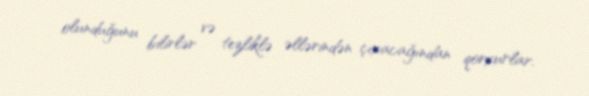
olunduğunu bilirlər və tezliklə əllərindən çıxacağından qorxurlar.